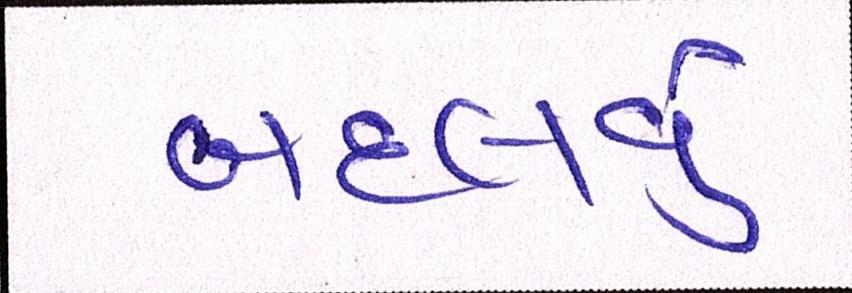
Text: બદલવું